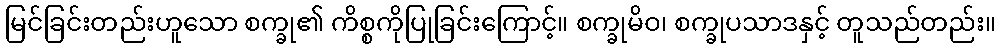
မြင်ခြင်းတည်းဟူသော စက္ခု၏ ကိစ္စကိုပြုခြင်းကြောင့်။ စက္ခုမိဝ၊ စက္ခုပသာဒနှင့် တူသည်တည်း။